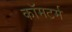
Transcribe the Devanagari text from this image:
कॉमटर्म